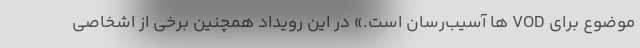
موضوع برای VOD ها آسیب‌رسان است.» در این رویداد همچنین برخی از اشخاصی